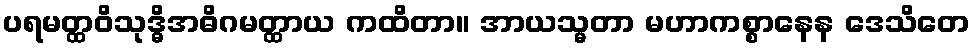
ပရမတ္ထဝိသုဒ္ဓိအဓိဂမတ္ထာယ ကထိတာ။ အာယသ္မတာ မဟာကစ္စာနေန ဒေသိတေ